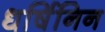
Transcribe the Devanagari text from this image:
धर्षिनिन